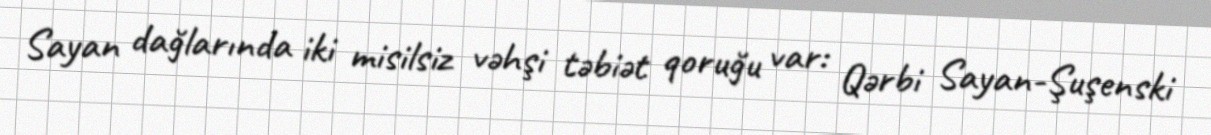
Sayan dağlarında iki misilsiz vəhşi təbiət qoruğu var: Qərbi Sayan-Şuşenski